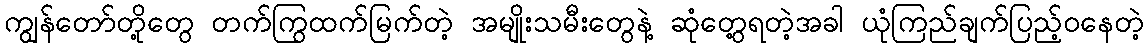
ကျွန်တော်တို့တွေ တက်ကြွထက်မြက်တဲ့ အမျိုးသမီးတွေနဲ့ ဆုံတွေ့ရတဲ့အခါ ယုံကြည်ချက်ပြည့်ဝနေတဲ့